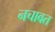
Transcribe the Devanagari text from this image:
नचावत